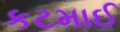
કટમાઈ